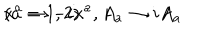
x ^ { a } \to - i x ^ { a } , A _ { a } \to i A _ { a } \hspace { 5 m m } ( a = 1 , 2 ) .